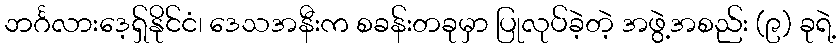
ဘင်္ဂလားဒေ့ရှ်နိုင်ငံ၊ ဒေသအနီးက စခန်းတခုမှာ ပြုလုပ်ခဲ့တဲ့ အဖွဲ့အစည်း (၉) ခုရဲ့